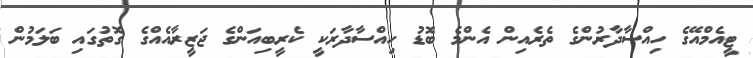
ޓީއެމްއޭގެ ހިއްސާދާރުންގެ ތެރެއިން އެންމެ ބޮޑު ހިއްސާދާރަކީ ކެރީބިއަންގެ ޖަޒީރާއެއްގެ ގޮތުގައި ބަލަމުން